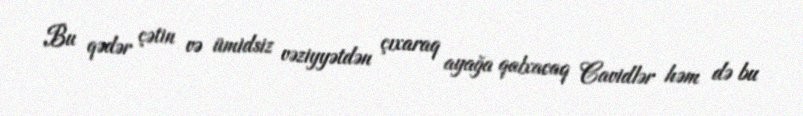
Bu qədər çətin və ümidsiz vəziyyətdən çıxaraq ayağa qalxacaq Cavidlər həm də bu